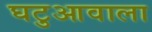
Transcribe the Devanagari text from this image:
घटुआवाला